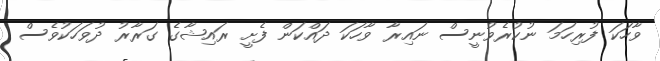
ވާހަކަ ފުރިހަމަ ނުކުރެވުނީސް ނައިރާ ވާހަކަ ދައްކަން ފެށީ ރައިޝާގެ ގަރާރު ދުވަހަކުވެސް